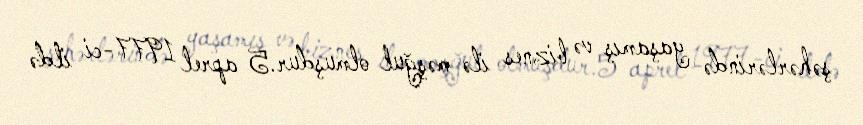
şəhərlərində yaşamış və biznes ilə məşğul olmuşdur.5 aprel 1977-ci ildə